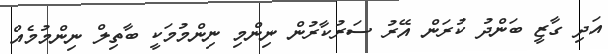
އަދި ގާޒީ ބަންދު ކުރަން އޭރު ސަރުކާރުން ނިންމި ނިންމުމަކީ ބާތިލް ނިންމުމެއް